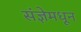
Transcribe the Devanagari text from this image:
संज्ञेमधून